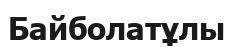
Байболатұлы